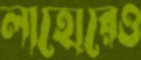
লাহোরেও